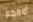
امممم